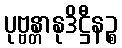
ပုဗ္ဗန္တာနုဒိဋ္ဌီနဉ္စ